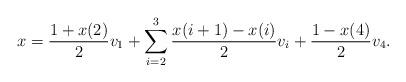
LaTeX: \begin{align*}x= \frac{ 1 + x(2)}{2} v_1 + \sum _{i=2}^3 \frac{x(i+1)- x(i)}{2} v_i + \frac{1-x(4)}{2} v_4.\end{align*}